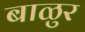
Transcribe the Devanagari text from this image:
बाळुर